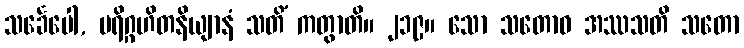
သင်္ခေပေါ, ပရိဂ္ဂဟိတနိယျာနံ သတိံ ကတွာတိ။ ၂၁၉။ သော သတောဝ အဿသတိ သတော